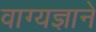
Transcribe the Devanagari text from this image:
वाग्यज्ञाने